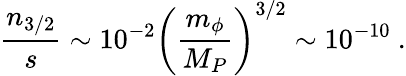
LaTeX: {\frac{n_{3/2}}{s}}\sim 10^{-2}\left({\frac{m_{\phi}}{M_{P}}}\right)^{3/2}\sim 10^{-10}\ .